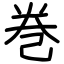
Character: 巻